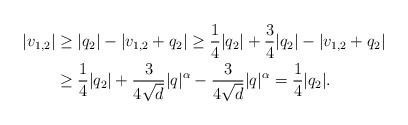
LaTeX: \begin{align*}|v_{1,2} | & \geq |q_2 | - |v_{1,2} + q_2 | \geq \frac{1}{4} |q_2| + \frac{3}{4} |q_2| - |v_{1,2} + q_2 | \\& \geq \frac{1}{4} |q_2| + \frac{3}{4 \sqrt{d}} |q|^\alpha - \frac{ 3}{ 4 \sqrt{d}} |q|^\alpha = \frac{1}{4 } |q_2| .\end{align*}